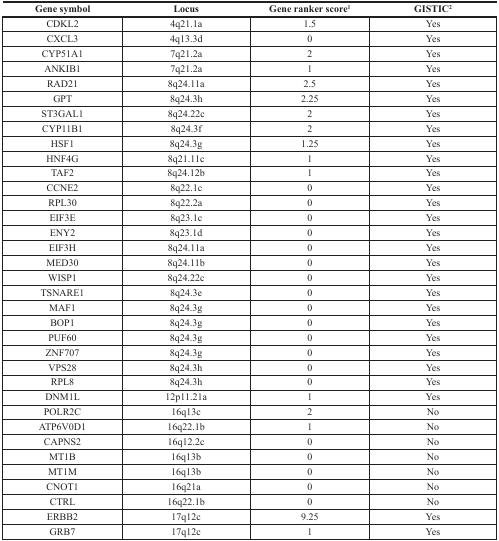
| Gene symbol | Locus | Gene ranker score1 | GISTIC2 |
 | --- | --- | --- | --- |
 | CDKL2 | 4q21.1a | 1.5 | Yes |
 | CXCL3 | 4q13.3d | 0 | Yes |
 | CYP51A1 | 7q21.2a | 2 | Yes |
 | ANKIB1 | 7q21.2a | 1 | Yes |
 | RAD21 | 8q24.11a | 2.5 | Yes |
 | GPT | 8q24.3h | 2.25 | Yes |
 | ST3GAL1 | 8q24.22c | 2 | Yes |
 | CYP11B1 | 8q24.3f | 2 | Yes |
 | HSF1 | 8q24.3g | 1.25 | Yes |
 | HNF4G | 8q21.11c | 1 | Yes |
 | TAF2 | 8q24.12b | 1 | Yes |
 | CCNE2 | 8q22.1c | 0 | Yes |
 | RPL30 | 8q22.2a | 0 | Yes |
 | EIF3E | 8q23.1c | 0 | Yes |
 | ENY2 | 8q23.1d | 0 | Yes |
 | EIF3H | 8q24.11a | 0 | Yes |
 | MED30 | 8q24.11b | 0 | Yes |
 | WISP1 | 8q24.22c | 0 | Yes |
 | TSNARE1 | 8q24.3e | 0 | Yes |
 | MAF1 | 8q24.3g | 0 | Yes |
 | BOP1 | 8q24.3g | 0 | Yes |
 | PUF60 | 8q24.3g | 0 | Yes |
 | ZNF707 | 8q24.3g | 0 | Yes |
 | VPS28 | 8q24.3h | 0 | Yes |
 | RPL8 | 8q24.3h | 0 | Yes |
 | DNM1L | 12p11.21a | 1 | Yes |
 | POLR2C | 16q13c | 2 | No |
 | ATP6V0D1 | 16q22.1b | 1 | No |
 | CAPNS2 | 16q12.2c | 0 | No |
 | MT1B | 16q13b | 0 | No |
 | MT1M | 16q13b | 0 | No |
 | CNOT1 | 16q21a | 0 | No |
 | CTRL | 16q22.1b | 0 | No |
 | ERBB2 | 17q12c | 9.25 | Yes |
 | GRB7 | 17q12c | 1 | Yes |